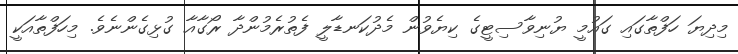
މިދިޔަ ހަފްތާގައި ގައުމީ ޔުނިވާސިޓީގެ ކިޔެވުން މެދުކަނޑާލީ ފެތުރެމުންދާ ރޯގާއާ ގުޅިގެންނެވެ. މިހަފްތާއަކީ